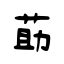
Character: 莇